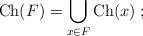
LaTeX: \begin{align*}\hbox{\rm Ch}(F)=\bigcup_{x\in F}\hbox{\rm Ch}(x)\;;\end{align*}